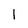
Character: I